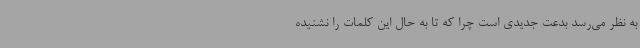
به نظر می‌رسد بدعت جدیدی است چرا که تا به حال این کلمات را نشنیده